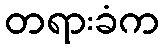
တရားခံက